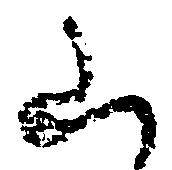
山